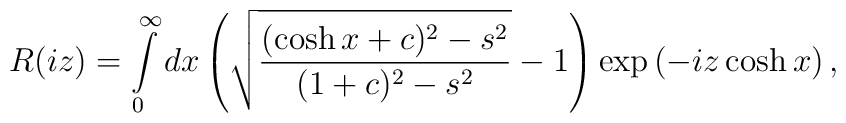
R(iz)=\int\limits_{0}^{\infty}dx\left(\sqrt{\frac{(\cosh x+c)^2-s^2}{(1+c)^2-s^2}}-1 \right)\exp \left( -iz\cosh x \right),